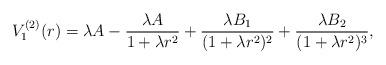
LaTeX: \begin{align*} V^{(2)}_1(r) = \lambda A - \frac{\lambda A}{1+\lambda r^2} + \frac{\lambda B_1}{(1+\lambda r^2)^2} + \frac{\lambda B_2}{(1+\lambda r^2)^3},\end{align*}